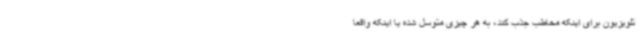
تلویزیون برای اینکه مخاطب جذب کند، به هر چیزی متوسل شده یا اینکه واقعا